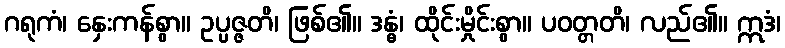
ဂရုကံ၊ နှေးကန်စွာ။ ဥပ္ပဇ္ဇတိ၊ ဖြစ်၏။ ဒန္ဓံ၊ ထိုင်းမှိုင်းစွာ။ ပဝတ္တတိ၊ လည်၏။ ဣဒံ၊